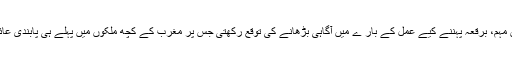
، سن بی ہائینڈ کرٹن مہم، برقعہ پہننے کیے عمل کے بار ے میں آگاہی بڑھانے کی توقع رکھتی جس پر مغرب کے کچھ ملکوں میں پہلے ہی پابندی عائد کی جا چکی ہے ۔